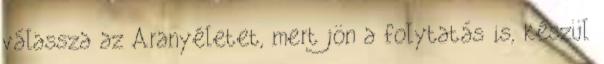
válassza az Aranyéletet, mert jön a folytatás is, készül